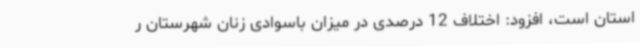
استان است، افزود: اختلاف 12 درصدی در میزان باسوادی زنان شهرستان ر